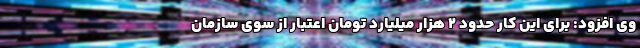
وی افزود: برای این کار حدود ۲ هزار میلیارد تومان اعتبار از سوی سازمان